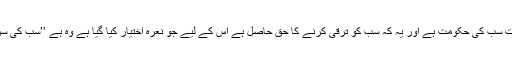
مودی کہ ان کی حکومت سب کی حکومت ہے اور یہ کہ سب کو ترقی کرنے کا حق حاصل ہے اس کے لیے جو نعرہ اختیار کیا گیا ہے وہ ہے ’’سب کی سرکار‘ سب کا ویکاس‘‘۔